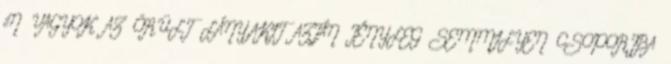
éN VAGYOK AZ ÕRÜLT LÁNY,AKIT AZTÁN TÉNYLEG SEMMILYEN CSOPORTBA